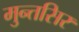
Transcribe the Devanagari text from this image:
मुन्तसिर